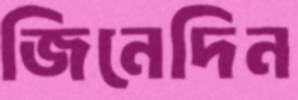
জিনেদিন